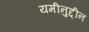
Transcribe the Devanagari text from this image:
यमीनुद्दीन